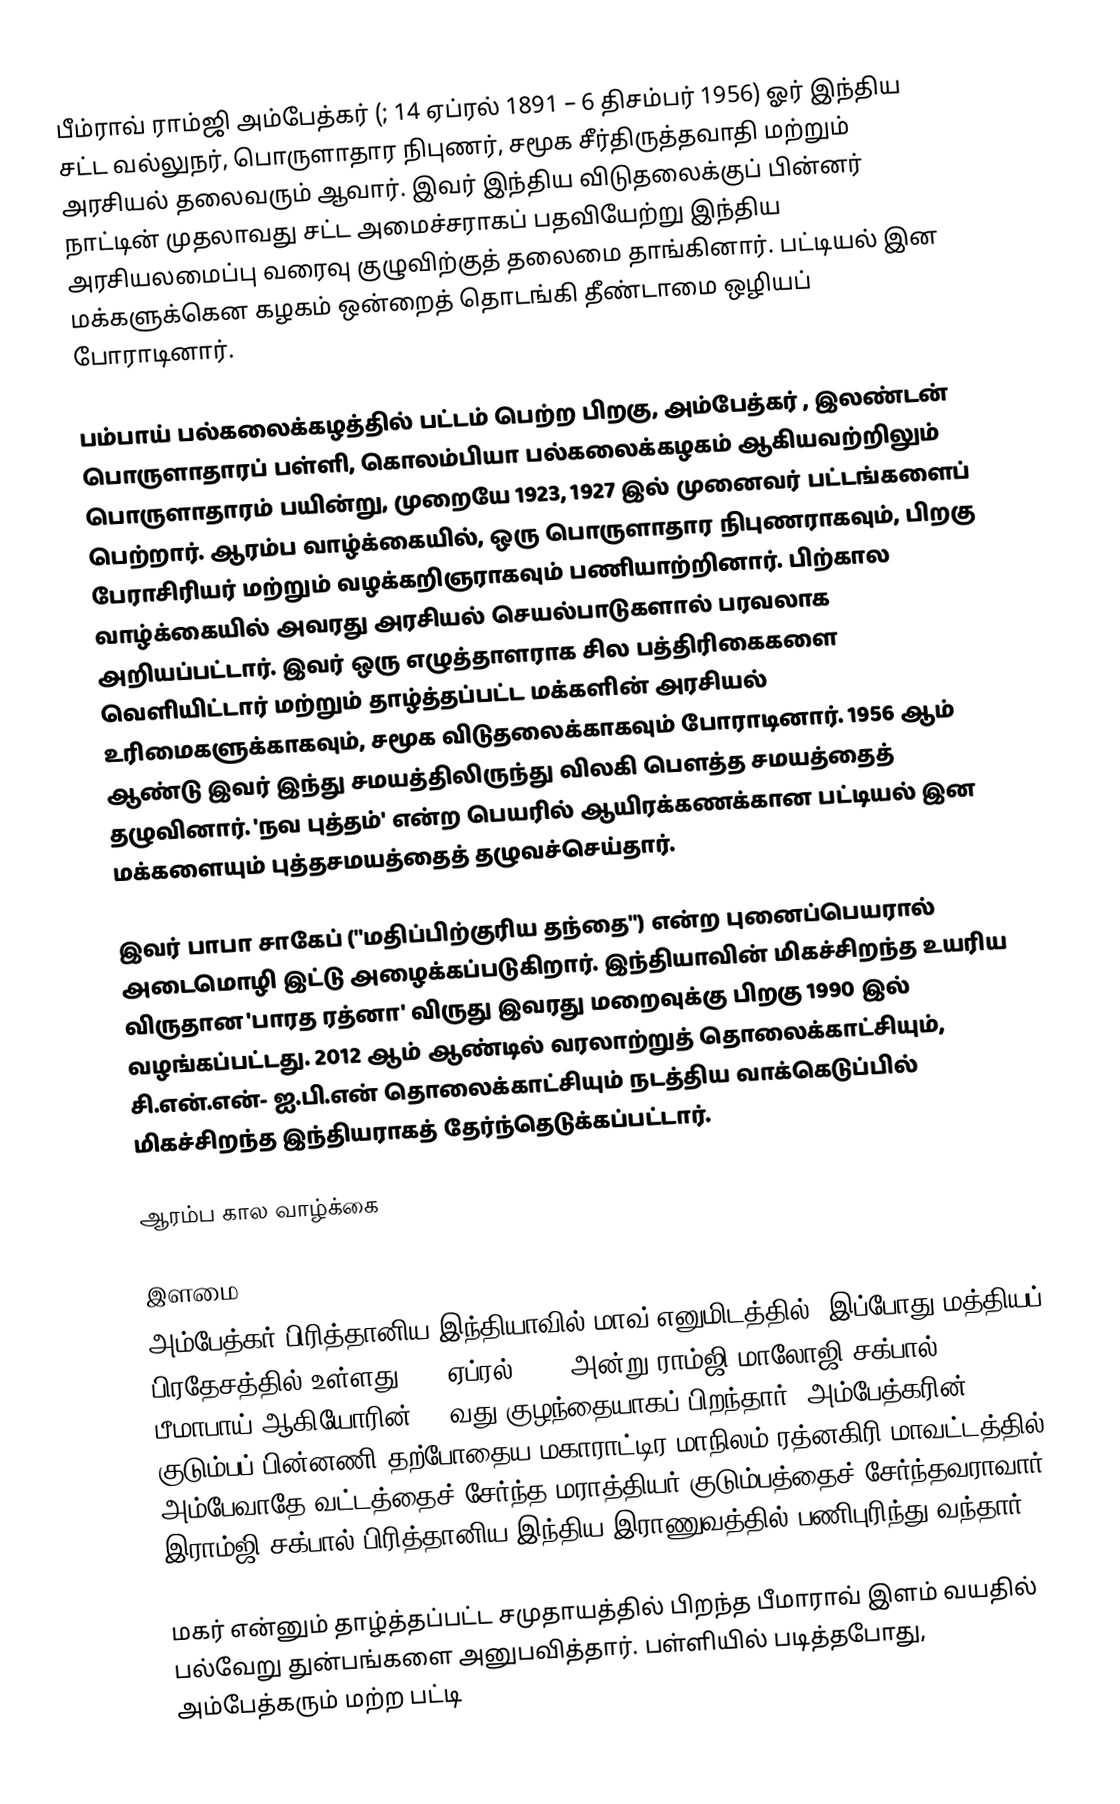
பீம்ராவ் ராம்ஜி அம்பேத்கர் (; 14 ஏப்ரல் 1891 – 6 திசம்பர் 1956)  ஓர் இந்திய சட்ட வல்லுநர், பொருளாதார நிபுணர், சமூக சீர்திருத்தவாதி மற்றும் அரசியல் தலைவரும் ஆவார். இவர் இந்திய விடுதலைக்குப் பின்னர் நாட்டின் முதலாவது சட்ட அமைச்சராகப் பதவியேற்று இந்திய அரசியலமைப்பு வரைவு குழுவிற்குத் தலைமை தாங்கினார். பட்டியல் இன மக்களுக்கென கழகம் ஒன்றைத் தொடங்கி தீண்டாமை ஒழியப் போராடினார்.

பம்பாய் பல்கலைக்கழத்தில் பட்டம் பெற்ற பிறகு, அம்பேத்கர் , இலண்டன் பொருளாதாரப் பள்ளி, கொலம்பியா பல்கலைக்கழகம் ஆகியவற்றிலும் பொருளாதாரம் பயின்று, முறையே 1923, 1927 இல் முனைவர் பட்டங்களைப் பெற்றார். ஆரம்ப வாழ்க்கையில், ஒரு பொருளாதார நிபுணராகவும், பிறகு பேராசிரியர் மற்றும் வழக்கறிஞராகவும் பணியாற்றினார். பிற்கால வாழ்க்கையில் அவரது அரசியல் செயல்பாடுகளால் பரவலாக அறியப்பட்டார். இவர் ஒரு எழுத்தாளராக சில பத்திரிகைகளை வெளியிட்டார் மற்றும் தாழ்த்தப்பட்ட மக்களின் அரசியல் உரிமைகளுக்காகவும், சமூக விடுதலைக்காகவும் போராடினார். 1956 ஆம் ஆண்டு இவர் இந்து சமயத்திலிருந்து விலகி பௌத்த  சமயத்தைத் தழுவினார்.  'நவ புத்தம்' என்ற பெயரில் ஆயிரக்கணக்கான பட்டியல் இன மக்களையும் புத்தசமயத்தைத் தழுவச்செய்தார்.

இவர் பாபா சாகேப் ("மதிப்பிற்குரிய தந்தை") என்ற புனைப்பெயரால் அடைமொழி இட்டு அழைக்கப்படுகிறார். இந்தியாவின் மிகச்சிறந்த உயரிய விருதான 'பாரத ரத்னா' விருது இவரது மறைவுக்கு பிறகு 1990 இல் வழங்கப்பட்டது.  2012 ஆம் ஆண்டில் வரலாற்றுத் தொலைக்காட்சியும், சி.என்.என்- ஐ.பி.என் தொலைக்காட்சியும் நடத்திய வாக்கெடுப்பில் மிகச்சிறந்த இந்தியராகத் தேர்ந்தெடுக்கப்பட்டார்.

ஆரம்ப கால வாழ்க்கை

இளமை
அம்பேத்கர் பிரித்தானிய இந்தியாவில் மாவ் எனுமிடத்தில் (இப்போது மத்தியப் பிரதேசத்தில் உள்ளது) 14 ஏப்ரல்  1891 அன்று ராம்ஜி மாலோஜி சக்பால் - பீமாபாய் ஆகியோரின் 14-வது குழந்தையாகப் பிறந்தார். அம்பேத்கரின் குடும்பப் பின்னணி தற்போதைய மகாராட்டிர மாநிலம் ரத்னகிரி மாவட்டத்தில் அம்பேவாதே வட்டத்தைச் சேர்ந்த மராத்தியர் குடும்பத்தைச் சேர்ந்தவராவார். இராம்ஜி சக்பால் பிரித்தானிய இந்திய இராணுவத்தில் பணிபுரிந்து வந்தார்.

மகர் என்னும் தாழ்த்தப்பட்ட சமுதாயத்தில் பிறந்த பீமாராவ் இளம் வயதில் பல்வேறு துன்பங்களை அனுபவித்தார். பள்ளியில் படித்தபோது, அம்பேத்கரும் மற்ற பட்டி